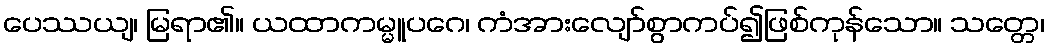
ပေဿယျ၊ မြရာ၏။ ယထာကမ္မူပဂေ၊ ကံအားလျော်စွာကပ်၍ဖြစ်ကုန်သော။ သတ္တေ၊